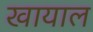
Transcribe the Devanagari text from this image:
खायाल